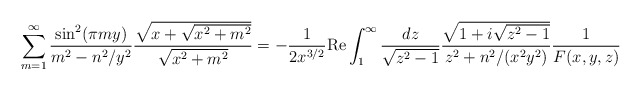
\begin{align*}\sum_{m=1}^\infty \frac{\sin^2(\pi m y)}{m^2 - n^2/y^2} \frac{ \sqrt{x + \sqrt{x^2 + m^2}}}{ \sqrt{x^2 + m^2}}= - \frac{1}{2 x^{3/2}} {\rm Re} \int_1^\infty \frac{dz}{\sqrt{z^2 - 1}}\frac{\sqrt{1 + i \sqrt{z^2 - 1}}}{ z^2 + n^2/(x^2 y^2)} \frac{1}{ F(x,y,z)}\end{align*}